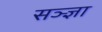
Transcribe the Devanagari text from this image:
सञ्ज्ञा